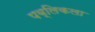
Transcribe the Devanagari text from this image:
पब्लिकला